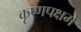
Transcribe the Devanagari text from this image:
कृष्णपक्षमे